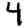
Digit: 4